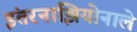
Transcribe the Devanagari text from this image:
इंतरनाझियोनाले